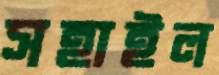
সহাইল